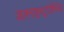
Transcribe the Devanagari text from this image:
अलनाइनट्रांज़ैमिनेज़